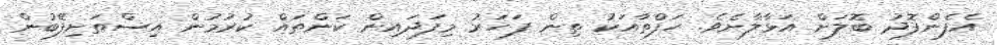
އެފެންފޮދު ބޮލަށް އަޅާލާށެވެ. ހަފްތާއަކު ތިން ފަހަރު މިފަދައިން ކަންތައް ކުރުމުން އިސްތަށިފޭބުން